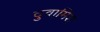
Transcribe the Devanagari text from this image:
दुवामिश